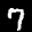
Label: 7